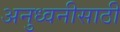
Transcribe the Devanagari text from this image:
अनुध्वनीसाठी